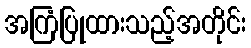
အကြံပြုထားသည့်အတိုင်း